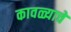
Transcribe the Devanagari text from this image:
कावळ्याचें